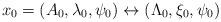
LaTeX: \begin{align*}x_0=(A_0,\lambda_0,\psi_0)\leftrightarrow(\Lambda_0,\xi_0,\psi_{0})\end{align*}